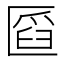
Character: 𠥒